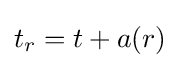
t_{r}=t+a(r)